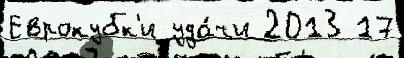
Еврокубк'и уда́чи 2013 17